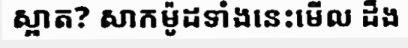
ស្អាត? សាកម៉ូដទាំងនេះមើល ដឹង